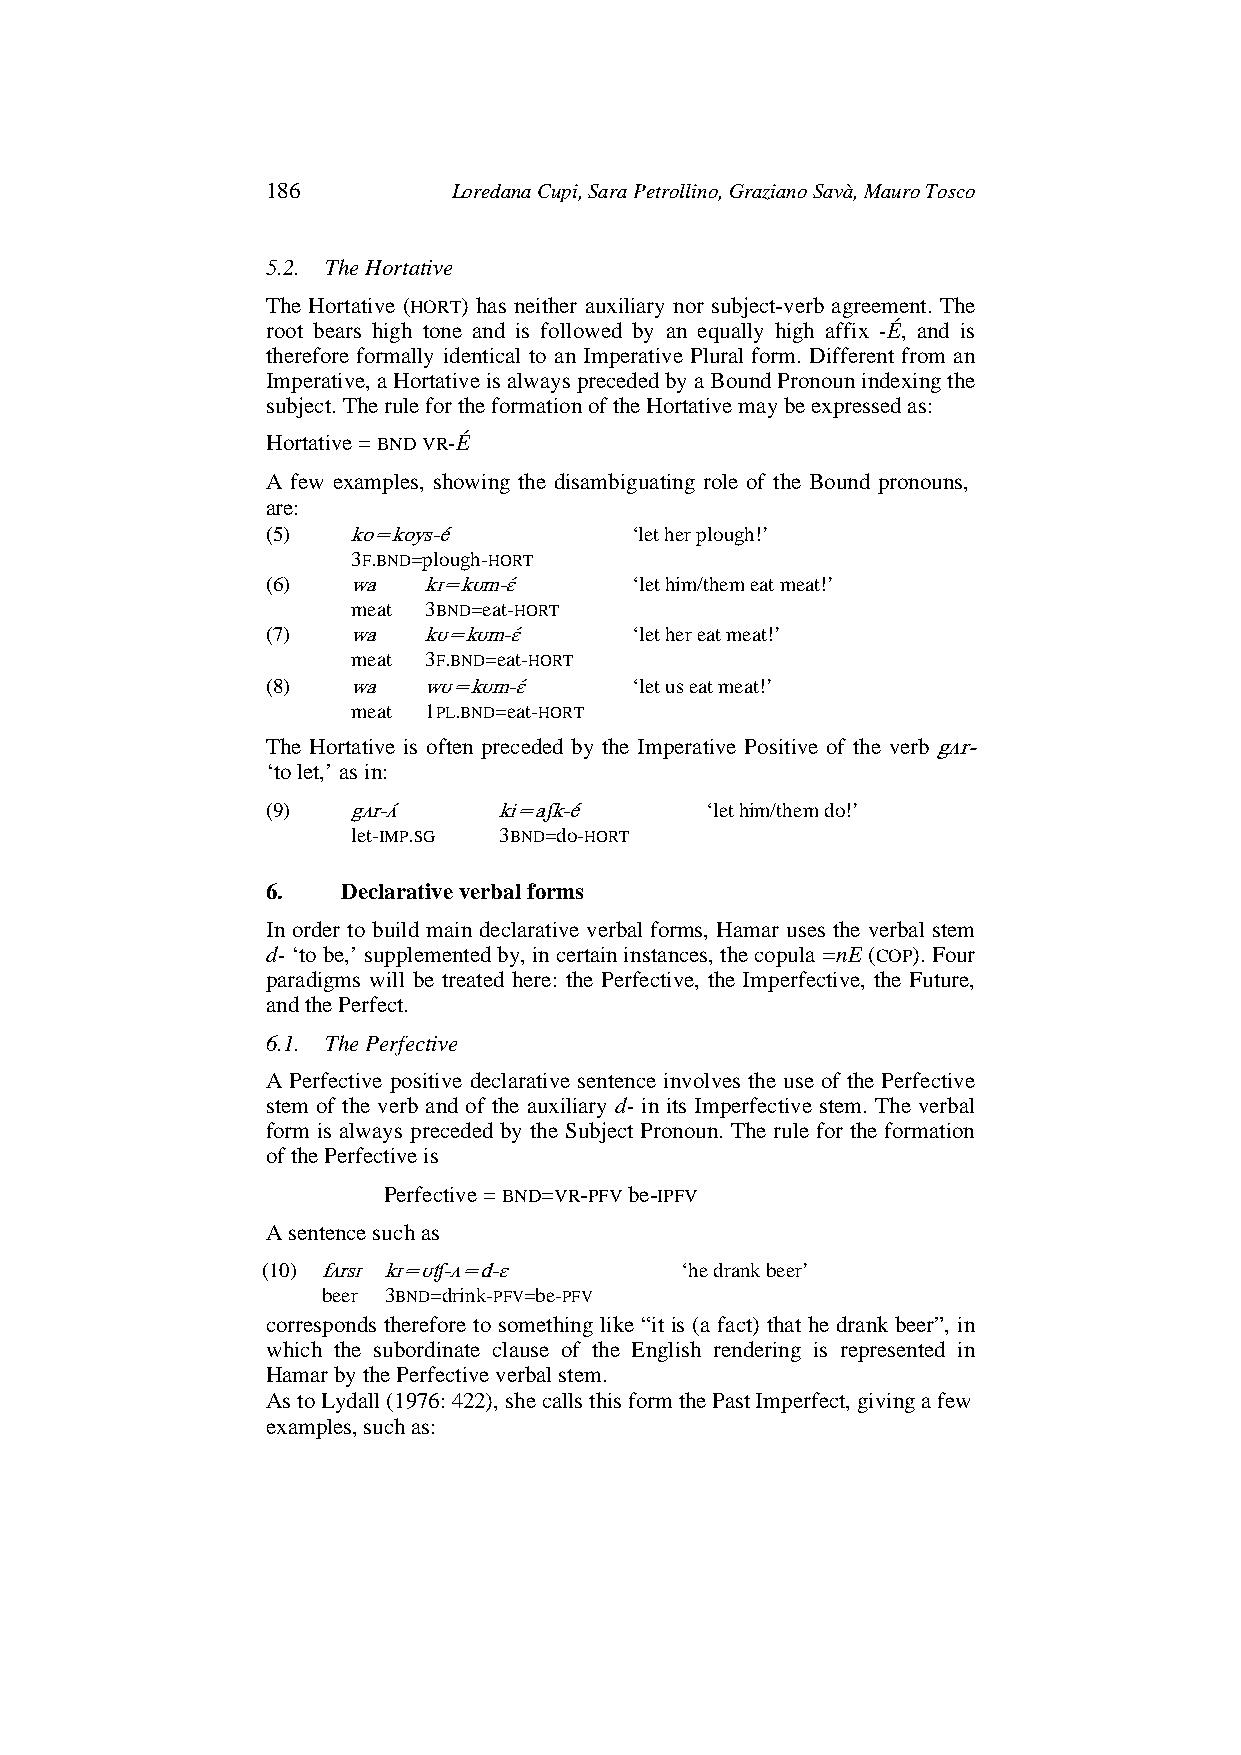
186         Loredana Cupi, Sara Petrollino, Graziano Savà, Mauro Tosco
 5.2. The Hortative
 The Hortative (HORT) has neither auxiliary nor subject-verb agreement. The
 root bears high tone and is followed by an equally high affix -É, and is
 therefore formally identical to an Imperative Plural form. Different from an
 Imperative, a Hortative is always preceded by a Bound Pronoun indexing the
 subject. The rule for the formation of the Hortative may be expressed as:
 Hortative = BND VR-É
 A few examples, showing the disambiguating role of the Bound pronouns,
 are:
 (5)  ko=koys-é          ‘let her plough!’
 3F.BND=plough-HORT
 (6)  wa   kɪ=kʊm-ɛ́     ‘let him/them eat meat!’
 meat 3BND=eat-HORT
 (7)  wa   kʊ=kʊm-ɛ́     ‘let her eat meat!’
 meat 3F.BND=eat-HORT
 (8)  wa   wʊ=kʊm-ɛ́     ‘let us eat meat!’
 meat 1PL.BND=eat-HORT
 The Hortative is often preceded by the Imperative Positive of the verb gʌr-
 ‘to let,’ as in:
 (9)  gʌr-ʌ ́   ki=aʃk-é      ‘let him/them do!’
 let-IMP.SG 3BND=do-HORT
 6.   Declarative verbal forms
 In order to build main declarative verbal forms, Hamar uses the verbal stem
 d- ‘to be,’ supplemented by, in certain instances, the copula =nE (COP). Four
 paradigms will be treated here: the Perfective, the Imperfective, the Future,
 and the Perfect.
 6.1. The Perfective
 A Perfective positive declarative sentence involves the use of the Perfective
 stem of the verb and of the auxiliary d- in its Imperfective stem. The verbal
 form is always preceded by the Subject Pronoun. The rule for the formation
 of the Perfective is
 Perfective = BND=VR-PFV be-IPFV
 A sentence such as
 (10) fʌrsɪ kɪ=ʊʧ-ʌ=d-ɛ      ‘he drank beer’
 beer 3BND=drink-PFV=be-PFV
 corresponds therefore to something like “it is (a fact) that he drank beer”, in
 which the subordinate clause of the English rendering is represented in
 Hamar by the Perfective verbal stem.
 As to Lydall (1976: 422), she calls this form the Past Imperfect, giving a few
 examples, such as: